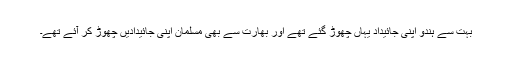
بہت سے ہندو اپنی جائیداد یہاں چھوڑ گئے تھے اور بھارت سے بھی مسلمان اپنی جائیدادیں چھوڑ کر آئے تھے۔